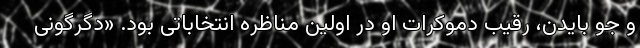
و جو بایدن، رقیب دموکرات او در اولین مناظره انتخاباتی بود. «دگرگونی